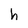
Character: h